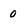
Character: 0